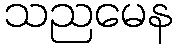
သညမေန